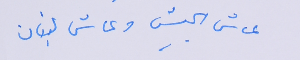
عاش الجيش وعاش لبنان